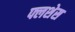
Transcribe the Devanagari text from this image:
फ्लशेस